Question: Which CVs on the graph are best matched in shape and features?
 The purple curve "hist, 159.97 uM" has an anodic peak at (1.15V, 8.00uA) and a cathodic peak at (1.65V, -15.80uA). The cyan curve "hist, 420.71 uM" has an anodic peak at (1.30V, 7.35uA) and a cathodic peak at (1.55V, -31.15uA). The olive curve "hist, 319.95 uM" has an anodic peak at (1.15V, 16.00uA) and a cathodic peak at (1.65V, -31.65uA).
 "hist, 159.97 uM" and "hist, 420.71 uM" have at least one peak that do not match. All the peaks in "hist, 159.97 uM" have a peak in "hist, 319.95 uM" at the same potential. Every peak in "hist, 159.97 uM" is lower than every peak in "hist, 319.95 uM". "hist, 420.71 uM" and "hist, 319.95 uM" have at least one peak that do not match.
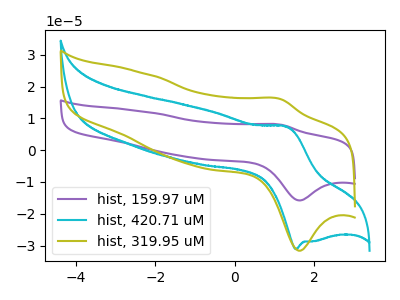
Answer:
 <answer>"hist, 319.95 uM" and "hist, 159.97 uM" have the same shape and are likely CV's of the same chemical.</answer>
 <eval>"hist, 319.95 uM" "hist, 159.97 uM"</eval>